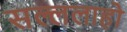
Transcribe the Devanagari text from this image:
सल्ललाहो